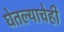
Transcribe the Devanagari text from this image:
घेतल्याचेही